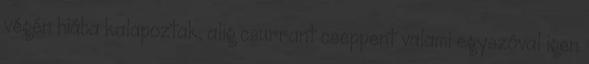
végén hiába kalapoztak, alig csurrant cseppent valami egyszóval igen